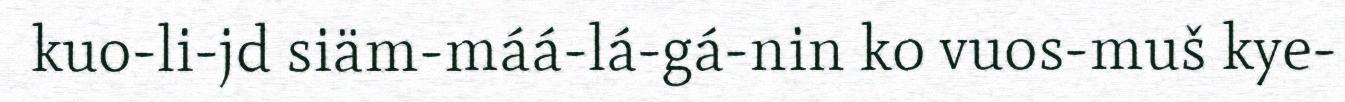
kuo-li-jd siäm-máá-lá-gá-nin ko vuos-muš kye-